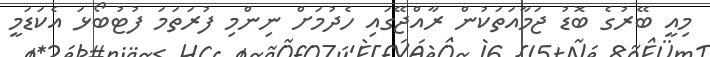
މިއީ ބޭރުގެ ބޮޑު ޖަމާއަތަކުން ރާއްޖޭގައި ހެދުމަށް ނިންމި ފުރަތަމަ ފުޓުބޯޅަ އެކަޑަމީ